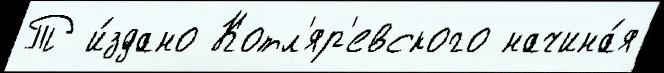
Т и́здано Котл'яр'евского начина́я